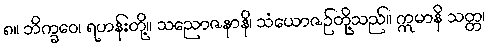
၈။ ဘိက္ခဝေ၊ ရဟန်းတို့။ သညောဇနာနိ၊ သံယောဇဉ်တို့သည်။ ဣမာနိ သတ္တ၊